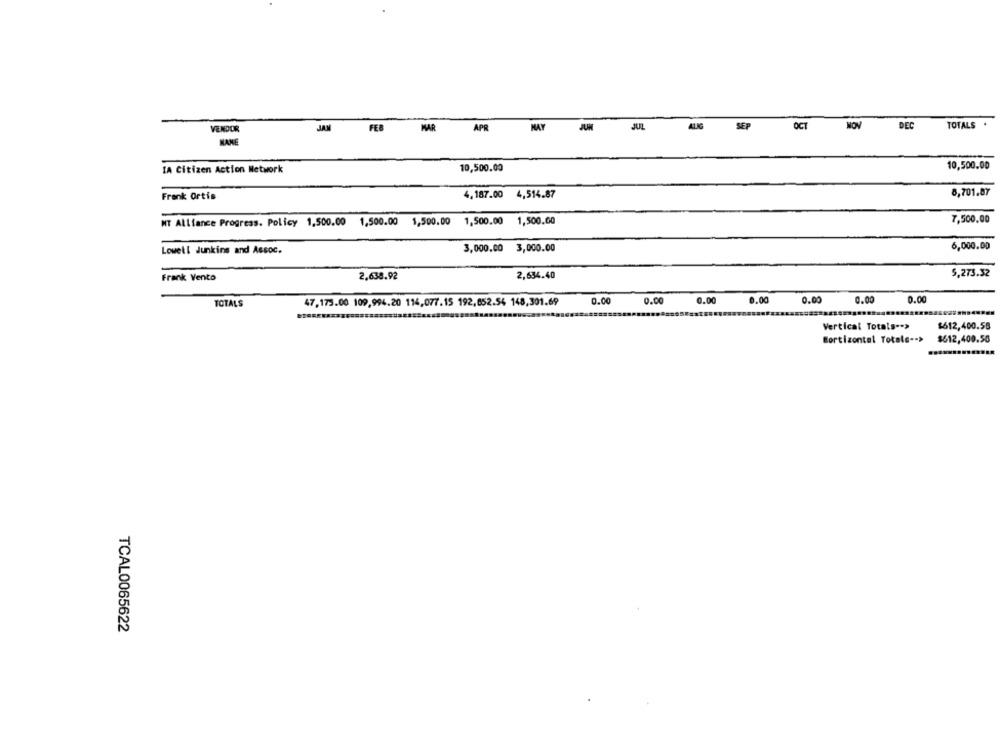
VENDOR
JAN
FEB
MAR
AP
MAY
JUL
AUG
SEP
OCT
NON
DEC
TOTALS .
MAKE
10,500.00
10,500.00
IA Citizen Action Network
Frank Ortis
4,187.00 4,514.87
8,701.87
7,500,00
NT Alliance Progress. Policy 1,500.00 1,500.00 1,500.00
1,500.00
1,500.00
Lowell Junkins and Assoc.
3,000.00
3,000.00
6,000,00
Frank Vento
2,638.92
2,634.40
5,273.32
47,175.00 109,994.20 114,077.15 192,852.54 148,301.69
0.00
0.00
0.00
0.00
0.00
0.00
0.00
TOTALS
$612,400.58
Vertical Totals -- >
Bortizontal Totale -- >
$612,400.50
TCAL0065622